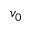
v _ { 0 }